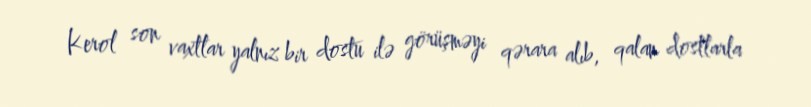
Kerol son vaxtlar yalnız bir dostu ilə görüşməyi qərara alıb, qalan dostlarla